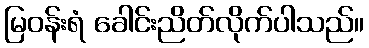
မြဝန်းရံ ခေါင်းညိတ်လိုက်ပါသည်။